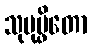
သုပုပ္ဖိတော